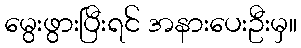
မွေးဖွားပြီးရင် အနားပေးဦးမှ။